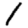
Digit: 1